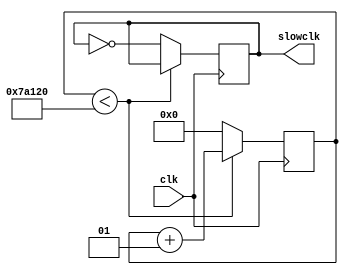
module clkdiv(clk, slowclk);
input clk;
output reg slowclk;

parameter pclk = 500000;
integer i = 0;

always@(posedge clk)
begin 
		if(i < pclk)
			i = i +1;
		else begin
			i = 0;
			slowclk = slowclk^1;
		end
end


endmodule